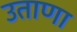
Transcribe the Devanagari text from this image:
उताणा